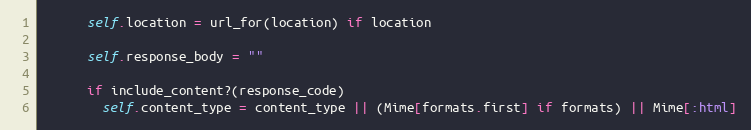
Language: Ruby
      self.location = url_for(location) if location

      self.response_body = ""

      if include_content?(response_code)
        self.content_type = content_type || (Mime[formats.first] if formats) || Mime[:html]